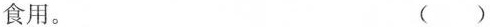
食用。()